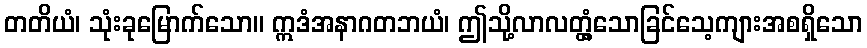
တတိယံ၊ သုံးခုမြောက်သော။ ဣဒံအနာဂတဘယံ၊ ဤသို့လာလတ္တံ့သောခြင်သေ့ကျားအစရှိသော